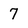
Character: 7